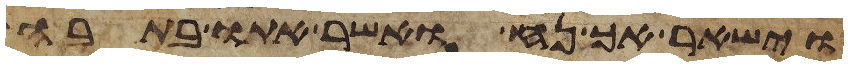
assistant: וישאר אך נח ואשר אתו בתבה